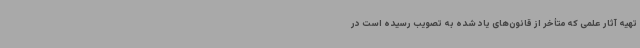
تهیه آثار علمی که متأخر از قانون‌های یاد شده به تصویب رسیده است در